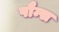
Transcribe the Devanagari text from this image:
पौम्स